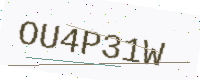
Text: OU4P31W